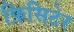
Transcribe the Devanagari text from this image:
फ़िसिटेर